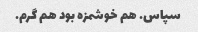
سپاس. هم خوشمزه بود هم گرم.